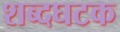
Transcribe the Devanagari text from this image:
शब्दघटक